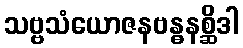
သဗ္ဗသံယောဇနဗန္ဓနစ္ဆိဒါ